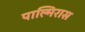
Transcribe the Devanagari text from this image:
पाल्मिरास